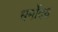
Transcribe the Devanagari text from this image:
धर्मोदय